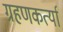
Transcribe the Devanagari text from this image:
ग्रहणकर्त्या